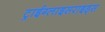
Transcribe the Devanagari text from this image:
ट्राईग्लाइसराइड्स